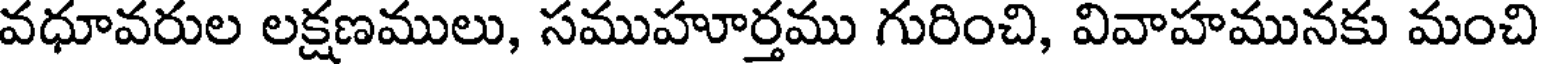
వధూవరుల లక్షణములు, సముహూర్తము గురించి, వివాహమునకు మంచి